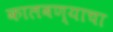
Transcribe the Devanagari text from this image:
कालवण्याचा